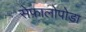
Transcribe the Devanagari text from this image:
सेफ़ालोपोडा